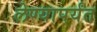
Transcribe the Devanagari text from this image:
लेण्यापर्यंत